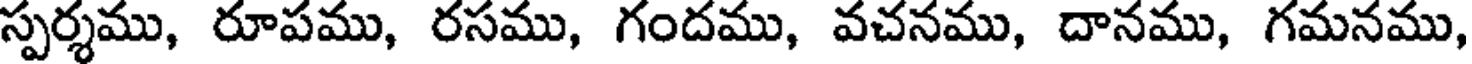
స్పర్శము, రూపము, రసము, గందము, వచనము, దానము, గమనము,